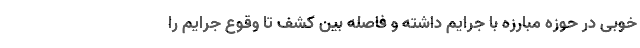
خوبی در حوزه مبارزه با جرایم داشته و فاصله بین کشف تا وقوع جرایم را